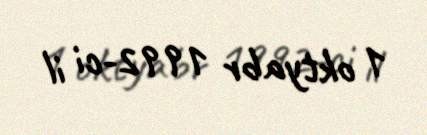
1 oktyabr 1992-ci il